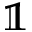
\mathbb { 1 }